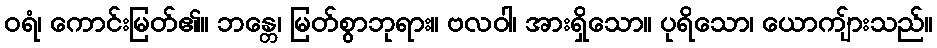
ဝရံ၊ ကောင်းမြတ်၏။ ဘန္တေ၊ မြတ်စွာဘုရား။ ဗလဝါ၊ အားရှိသော။ ပုရိသော၊ ယောကျ်ားသည်။